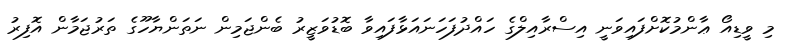
މި ވީޑިއޯ ޢާންމުކޮށްފައިވަނީ އިސްރާއިލްގެ ހައްދުފަހަނައަޅާފައިވާ ބޮޑުވަޒީރު ބެންޖަމިން ނަތަންޔާހޫގެ ތަރުޖަމާން އޮފިރު